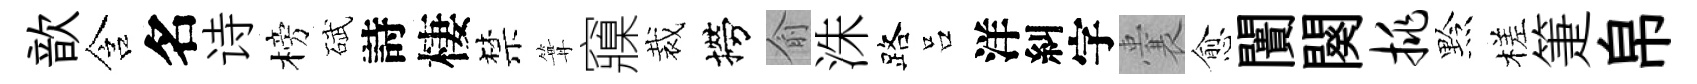
歆含名诗榜碔詩棲禁篝䆿裁撈俞洙路吕洋糾字囊愈闠闋挑黔槎箑帛